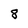
Character: 8